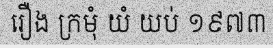
រឿង ក្រមុំ យំ យប់ ១៩៧៣